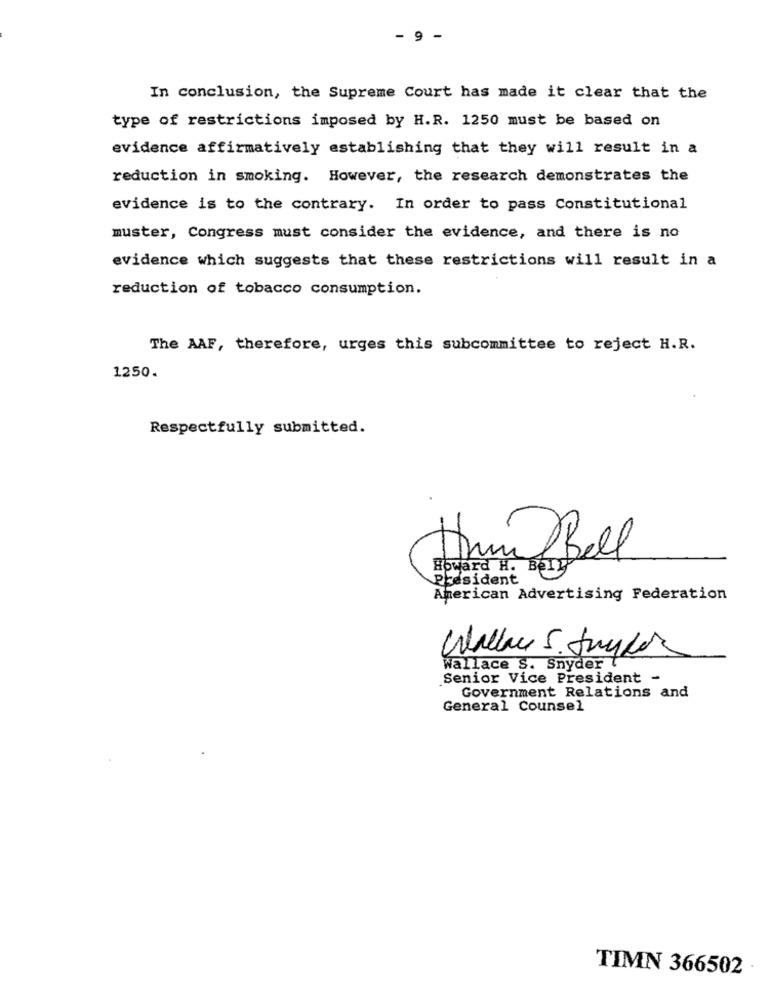
- 9
-
In conclusion, the Supreme Court has made it clear that the
type of restrictions imposed by H.R. 1250 must be based on
evidence affirmatively establishing that they will result in a
reduction in smoking. However, the research demonstrates the
evidence is to the contrary. In order to pass Constitutional
muster, Congress must consider the evidence, and there is no
evidence which suggests that these restrictions will result in a
reduction of tobacco consumption.
The AAF, therefore, urges this subcommittee to reject H.R.
1250.
Respectfully submitted.
.
Hrn Bell
Howard H. Bell
President
American Advertising Federation
wallace S. Snyder (
Wally 5. taylor
Senior Vice President -
Government Relations and
General Counsel
TIMN 366502